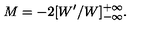
M = - 2 [ W ^ { \prime } / W ] _ { - \infty } ^ { + \infty } .